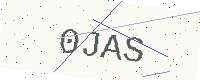
Text: 0JAS